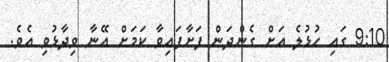
9:10 ގައި ހުޅުލެ އަށް ގެންދަން ފަށާފައިވާ ކަމަށް އޭނާ ވިދާޅުވި އެވެ.